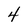
Character: 4